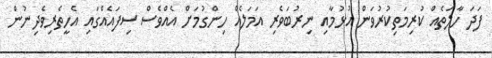
ފަދަ ހާލަތެއް ކުރިމަތިކުރުވަން އުޅުމާއި ނިރުބަވެރި އަމަލެއް ހިންގުމަށް އެއްވެސް ސިފައެއްގައި އެހީތެރިވެދިނުން